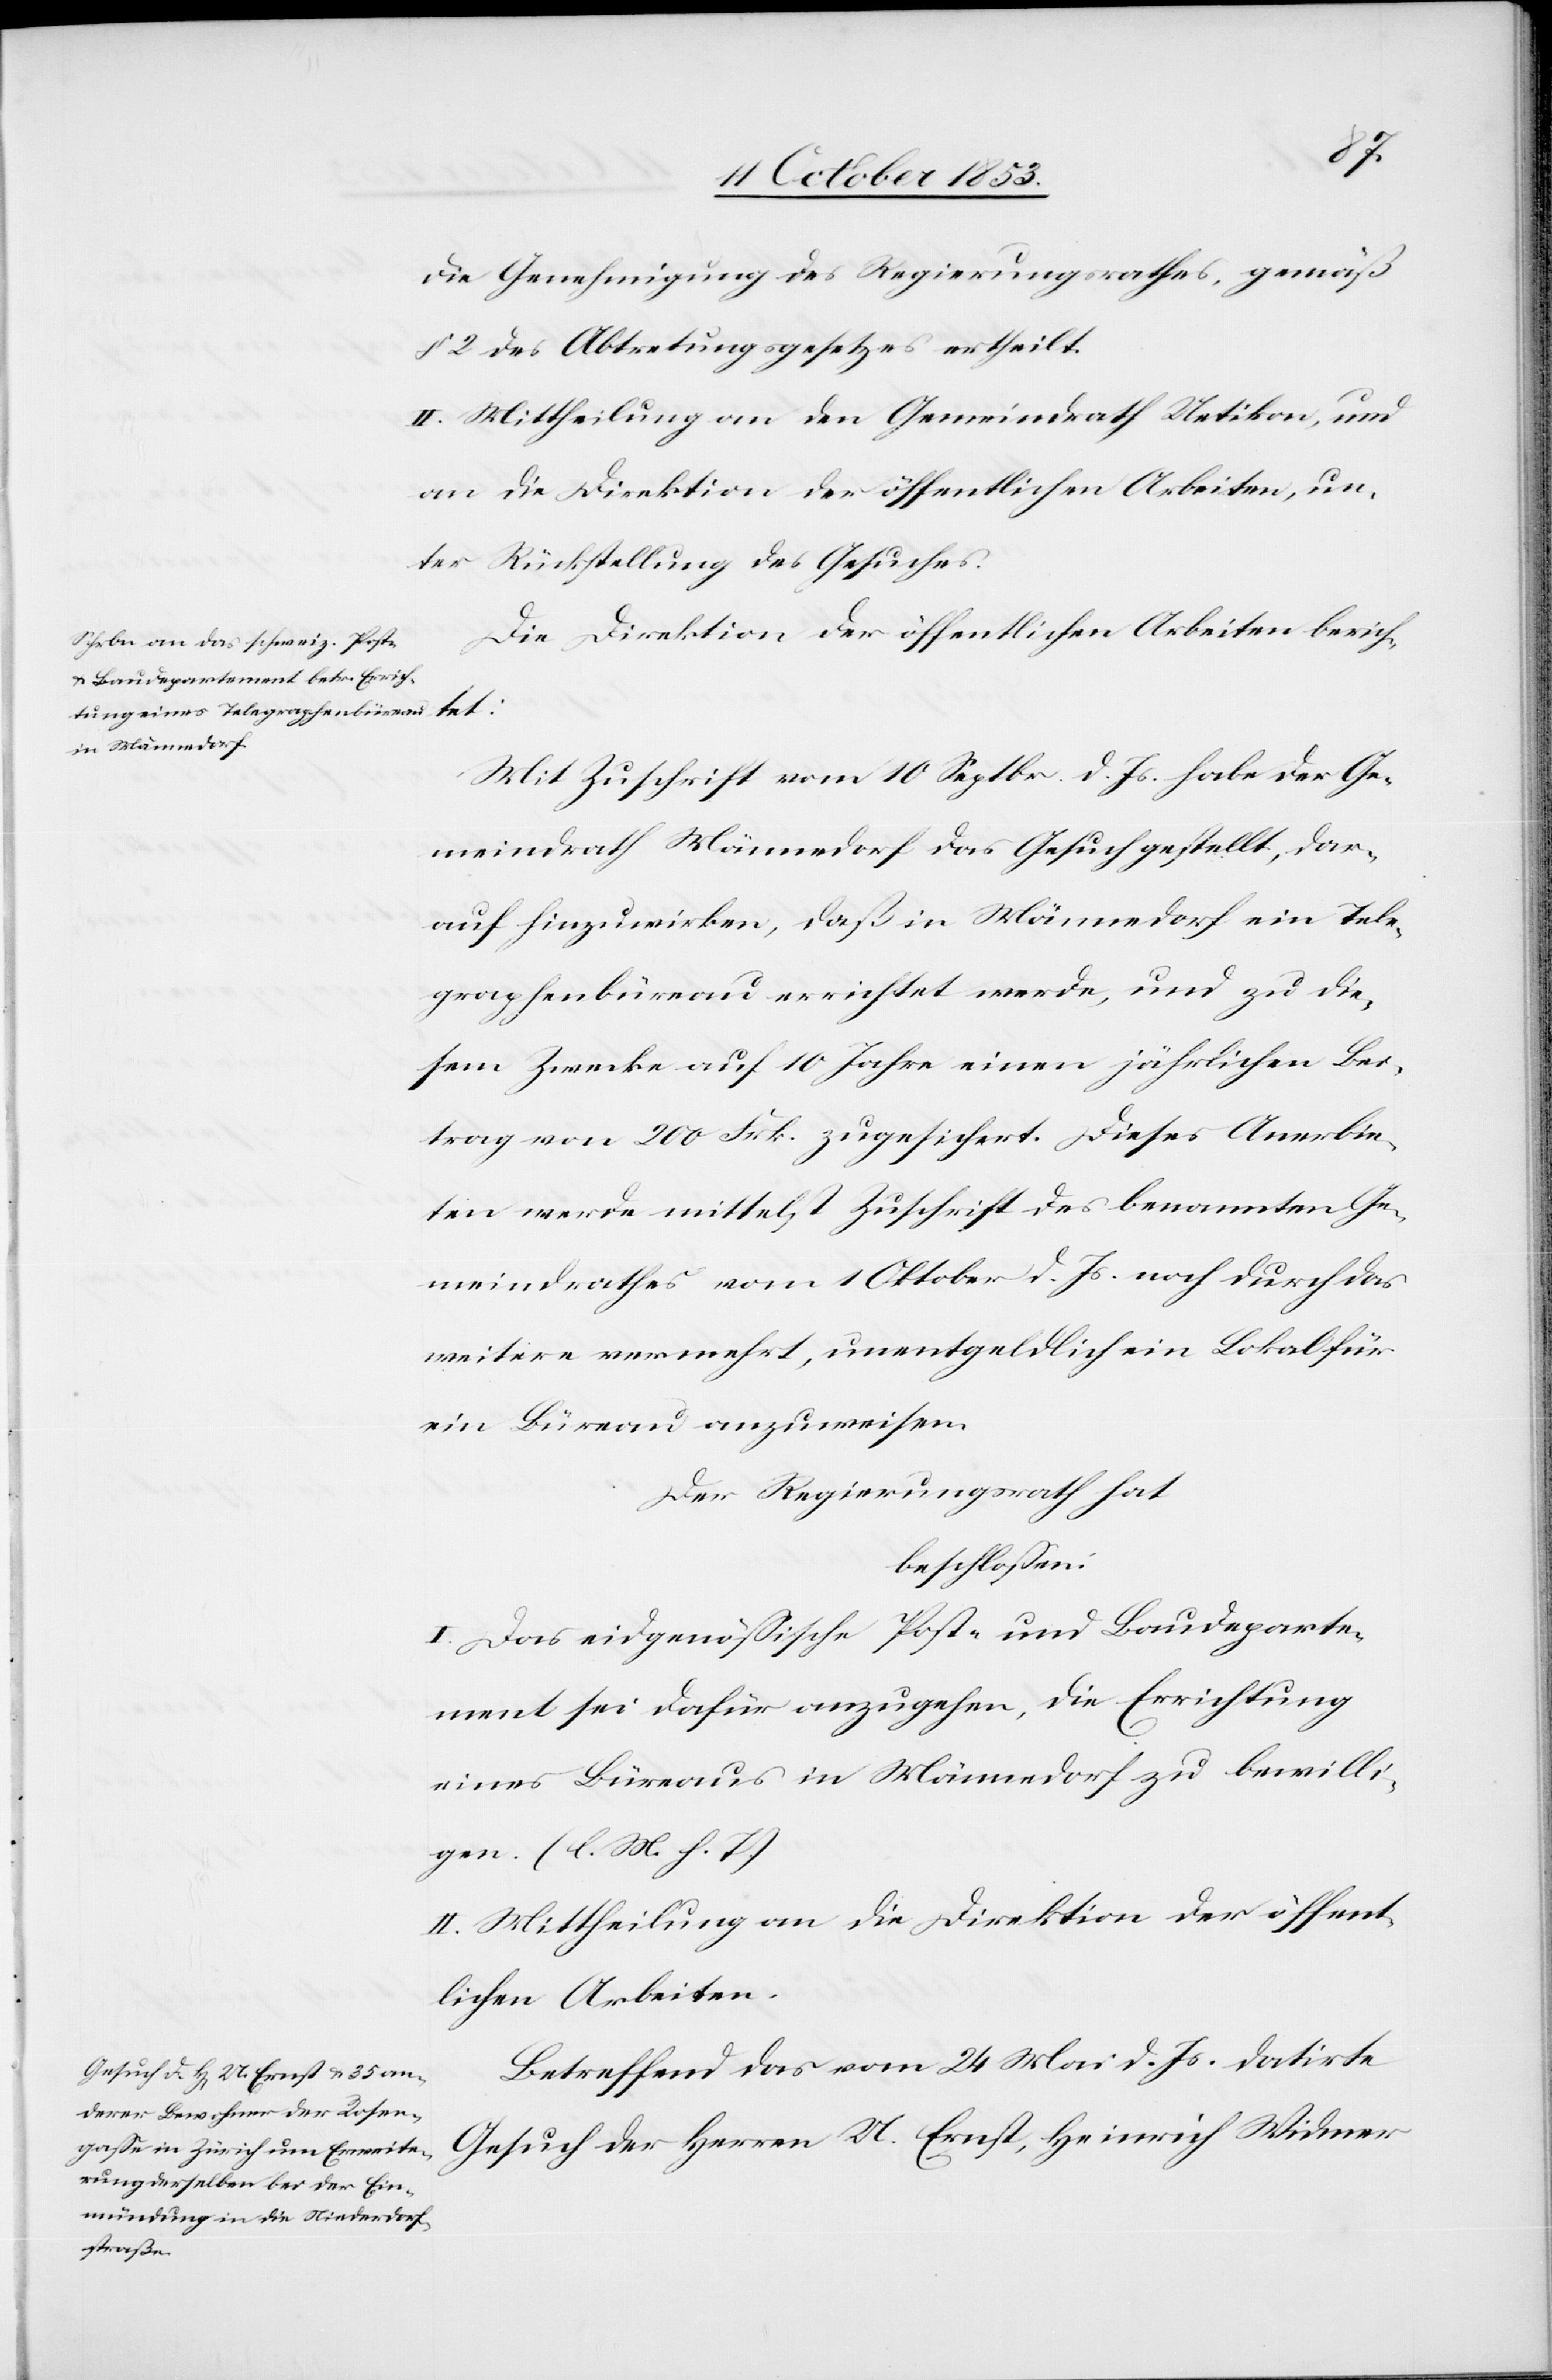
die Genehmigung des Regierungsrathes, gemäß
§ 2 des Abtretungsgesetzes ertheilt.
II. Mittheilung an den Gemeindrath Uetikon, und
an die Direktion der öffentlichen Arbeiten, un¬
ter Rückstellung des Gesuches.
Die Direktion der öffentlichen Arbeiten berich¬
tet:
Mit Zuschrift vom 10 Septbr. d. Js. habe der Ge¬
meindrath Männedorf das Gesuch gestellt, dar¬
auf hinzuwirken, daß in Männedorf ein Tele¬
graphenbüreau errichtet werde, und zu die¬
sem Zwecke auf 10 Jahre einen jährlichen Bei¬
trag von 200 Frk. zugesichert. Dieses Anerbie¬
ten werde mittelst Zuschrift des benannten Ge¬
meindrathes vom 1 Oktober d. Js. noch durch das
weitere vermehrt, unentgeldlich ein Lokal für
ein Büreau anzuweisen.
Der Regierungsrath hat
beschloßen:
I. Das eidgenößische Post- und Baudeparte¬
ment sei dafür anzugehen, die Errichtung
eines Büreaus in Männedorf zu bewilli¬
gen. [l. M. h. T]
II. Mittheilung an die Direktion der öffent¬
lichen Arbeiten.
Betreffend das vom 24 Mai d. Js. datirte
Gesuch der Herren U. Ernst, Heinrich Widmer